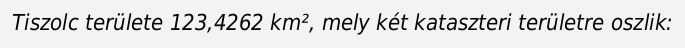
Tiszolc területe 123,4262 km², mely két kataszteri területre oszlik: